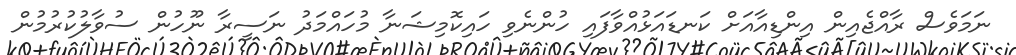
ނަމަވެސް ރާއްޖެއިން އިންޑިއާއަށް ކަނޑައަޅުއްވާފައި ހުންނެވި ހައިކޮމިޝަނާ މުހައްމަދު ނަސީރާ ނޫހުން ސުވާލުކުރުމުން